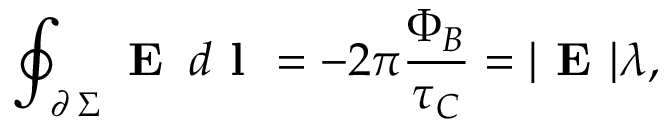
\oint _ { \scriptstyle \partial \, \Sigma } \textbf { E } \, d \textbf { l } = - 2 \pi \frac { \Phi _ { B } } { \tau _ { C } } = | \textbf { E } | \lambda ,